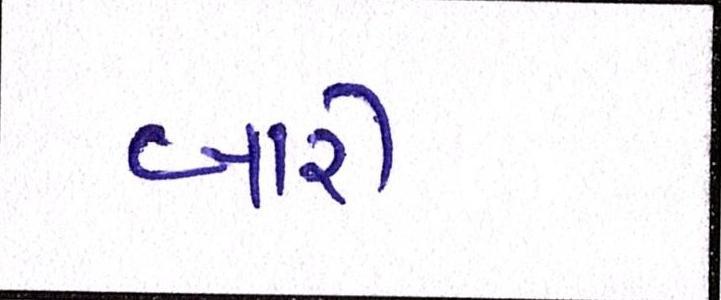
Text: બારી